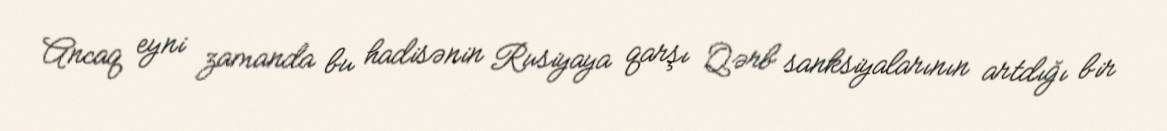
Ancaq eyni zamanda bu hadisənin Rusiyaya qarşı Qərb sanksiyalarının artdığı bir